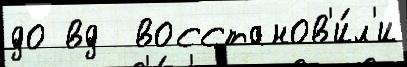
до вд  восстанов'и́л'и